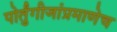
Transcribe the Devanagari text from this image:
पोर्तुंगीजांप्रमाणेच